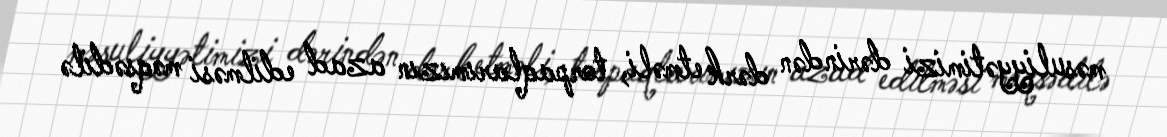
məsuliyyətimizi dərindən dərk etməli, torpaqlarımızın azad edilməsi məqsədilə